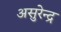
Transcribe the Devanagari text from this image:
असुरेन्द्र